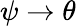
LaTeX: \psi\to\theta